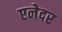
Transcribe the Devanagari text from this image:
एनेदर